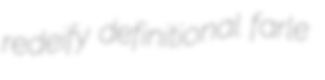
redeify definitional farle